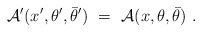
\begin{align*}{\cal A}'(x',\theta', \bar\theta')\ =\ {\cal A}(x, \theta, \bar\theta)\ .\end{align*}